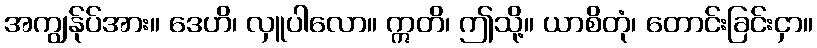
အကျွန်ုပ်အား။ ဒေဟိ၊ လှူပါလော။ ဣတိ၊ ဤသို့။ ယာစိတုံ၊ တောင်းခြင်းငှာ။